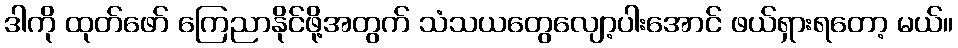
ဒါကို ထုတ်ဖော် ကြေညာနိုင်ဖို့အတွက် သံသယတွေလျော့ပါးအောင် ဖယ်ရှားရတော့ မယ်။